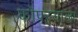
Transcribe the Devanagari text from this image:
कोपऱ्याला